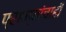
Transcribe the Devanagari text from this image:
प्राण्यांचाही